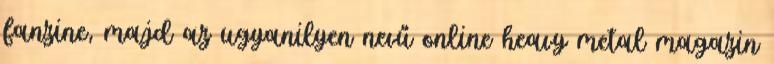
fanzine, majd az ugyanilyen nevű online heavy metal magazin